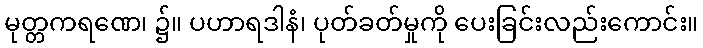
မုတ္တကရဏေ၊ ၌။ ပဟာရဒါနံ၊ ပုတ်ခတ်မှုကို ပေးခြင်းလည်းကောင်း။